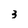
Character: 3